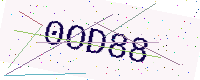
Text: 0OD88